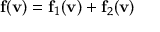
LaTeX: \mathbf { f } ( \mathbf { v } ) = \mathbf { f } _ { 1 } ( \mathbf { v } ) + \mathbf { f } _ { 2 } ( \mathbf { v } )